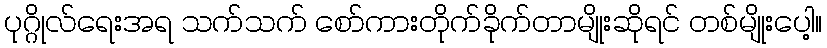
ပုဂ္ဂိုလ်ရေးအရ သက်သက် စော်ကားတိုက်ခိုက်တာမျိုးဆိုရင် တစ်မျိုးပေါ့။